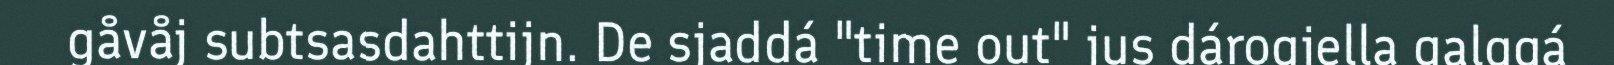
gåvåj subtsasdahttijn. De sjaddá "time out" jus dárogiella galggá